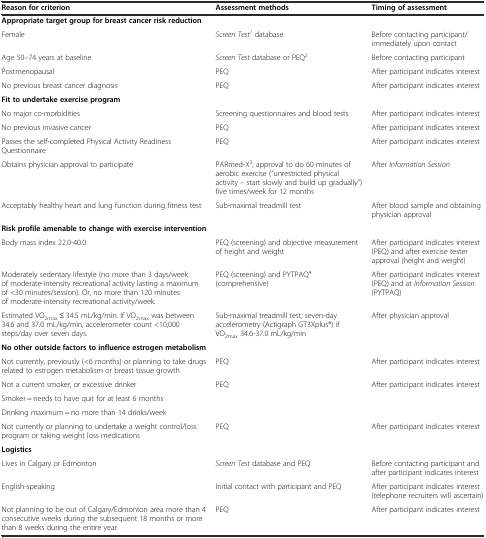
<table><thead><tr><td><b>Reason for criterion</b></td><td><b>Assessment methods</b></td><td><b>Timing of assessment</b></td></tr></thead><tbody><tr><td colspan="3"><b>Appropriate target group for breast cancer risk reduction</b></td></tr><tr><td>Female</td><td><i>Screen Test</i><sup><i>1</i></sup> database</td><td>Before contacting participant/immediately upon contact</td></tr><tr><td>Age 50–74 years at baseline</td><td><i>Screen Test</i> database or PEQ<sup>2</sup></td><td>Before contacting participant</td></tr><tr><td>Postmenopausal</td><td>PEQ</td><td>After participant indicates interest</td></tr><tr><td>No previous breast cancer diagnosis</td><td>PEQ</td><td>After participant indicates interest</td></tr><tr><td colspan="3"><b>Fit to undertake exercise program</b></td></tr><tr><td>No major co-morbidities</td><td>Screening questionnaires and blood tests</td><td>After participant indicates interest</td></tr><tr><td>No previous invasive cancer</td><td>PEQ</td><td>After participant indicates interest</td></tr><tr><td>Passes the self-completed Physical Activity Readiness Questionnaire</td><td>PEQ</td><td>After participant indicates interest</td></tr><tr><td>Obtains physician approval to participate</td><td>PARmed-X<sup>3</sup>; approval to do 60 minutes of aerobic exercise (“unrestricted physical activity – start slowly and build up gradually”) five times/week for 12 months</td><td>After <i>Information Session</i></td></tr><tr><td>Acceptably healthy heart and lung function during fitness test</td><td>Sub-maximal treadmill test</td><td>After blood sample and obtaining physician approval</td></tr><tr><td colspan="3"><b>Risk profile amenable to change with exercise intervention</b></td></tr><tr><td>Body mass index 22.0-40.0</td><td>PEQ (screening) and objective measurement of height and weight</td><td>After participant indicates interest (PEQ) and after exercise tester approval (height and weight)</td></tr><tr><td>Moderately sedentary lifestyle (no more than 3 days/week of moderate-intensity recreational activity lasting a maximum of &lt;30 minutes/session). Or, no more than 120 minutes of moderate-intensity recreational activity/week.</td><td>PEQ (screening) and PYTPAQ<sup>4</sup> (comprehensive)</td><td>After participant indicates interest (PEQ) and at <i>Information Session</i> (PYTPAQ)</td></tr><tr><td>Estimated VO<sub>2max</sub> ≤ 34.5 mL/kg/min. If VO<sub>2max</sub> was between 34.6 and 37.0 mL/kg/min, accelerometer count &lt;10,000 steps/day over seven days.</td><td>Sub-maximal treadmill test; seven-day accelerometry (Actigraph GT3Xplus®) if VO<sub>2max</sub> 34.6-37.0 mL/kg/min</td><td>After physician approval</td></tr><tr><td colspan="3"><b>No other outside factors to influence estrogen metabolism</b></td></tr><tr><td>Not currently, previously (&lt;6 months) or planning to take drugs related to estrogen metabolism or breast tissue growth</td><td>PEQ</td><td>After participant indicates interest</td></tr><tr><td>Not a current smoker, or excessive drinker</td><td rowspan="3">PEQ</td><td rowspan="3">After participant indicates interest</td></tr><tr><td>Smoker = needs to have quit for at least 6 months</td></tr><tr><td>Drinking maximum = no more than 14 drinks/week</td></tr><tr><td>Not currently or planning to undertake a weight control/loss program or taking weight loss medications</td><td>PEQ</td><td>After participant indicates interest</td></tr><tr><td><b>Logistics</b></td><td></td><td></td></tr><tr><td>Lives in Calgary or Edmonton</td><td><i>Screen Test</i> database and PEQ</td><td>Before contacting participant and after participant indicates interest</td></tr><tr><td>English-speaking</td><td>Initial contact with participant and PEQ</td><td>After participant indicates interest (telephone recruiters will ascertain)</td></tr><tr><td>Not planning to be out of Calgary/Edmonton area more than 4 consecutive weeks during the subsequent 18 months or more than 8 weeks during the entire year.</td><td>PEQ</td><td>After participant indicates interest</td></tr></tbody></table>